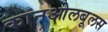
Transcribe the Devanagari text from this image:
कानओलबूलस